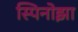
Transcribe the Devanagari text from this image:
स्पिनोझा